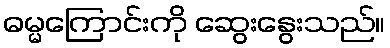
ဓမ္မကြောင်းကို ဆွေးနွေးသည်။